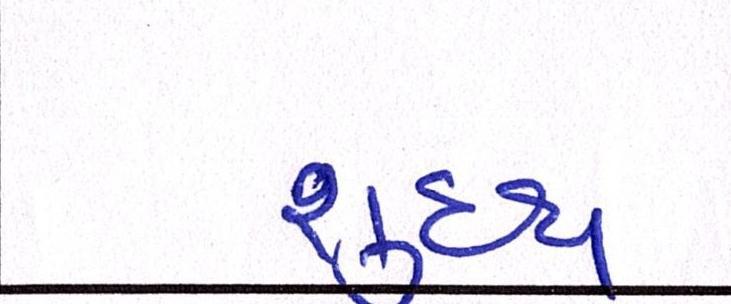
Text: શુધ્ધ